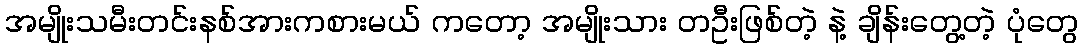
အမျိုးသမီးတင်းနစ်အားကစားမယ် ကတော့ အမျိုးသား တဦးဖြစ်တဲ့ နဲ့ ချိန်းတွေ့တဲ့ ပုံတွေ